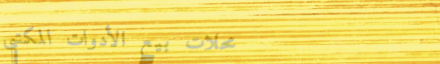
محلات بيع الأدوات المكتبي